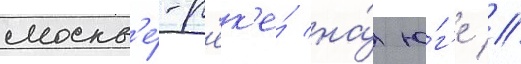
москв'е́-р'ек'е́ на́ ю́г'е //